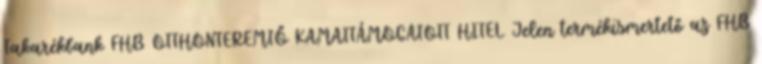
Takarékbank FHB OTTHONTEREMTŐ KAMATTÁMOGATOTT HITEL Jelen termékismertető az FHB